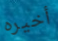
أخيره